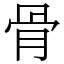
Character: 骨